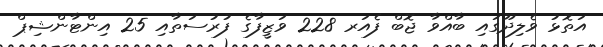
އަތޮޅު ވެލިދޫގައި ބާއްވާ ޖޮބް ފެއަރ 228 ވަޒީފާގެ ފުރުސަތާއި 25 އިންޓާންޝިޕް